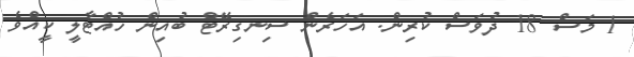
1 މަސް 18 ދުވަސް ކުރިން. އަހަރެން ސިނގިރޭޓް ބުއިން ހުއްޓާލީ ކީއްވެ